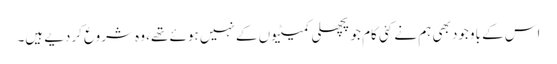
اس کے باوجود بھی ہم نے کئی کام جو پچھلی کمیٹیوں کے نہیں ہوئے تھے، وہ شروع کردیے ہیں۔